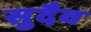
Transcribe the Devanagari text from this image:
सुदैव